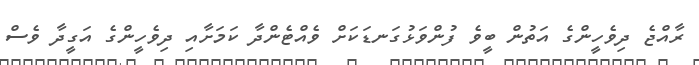
ރާއްޖެ ދިވެހީންގެ އަތުން ބީވެ ފުންވަޅުގަނޑަކަށް ވެއްޓެންދާ ކަމަށާއި ދިވެހީންގެ އަގީދާ ވެސް